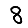
Digit: 8